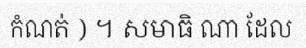
កំណត់ ) ។ សមាធិ ណា ដែល